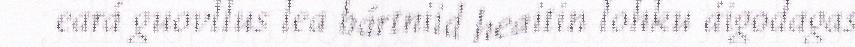
eará guovllus lea bártniid heaitin lohku áigodagas